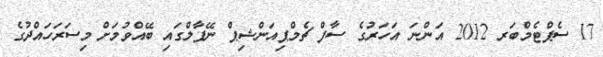
17 ސެޕްޓެމްބަރ 2012 އަންނަ އަހަރުގެ ސާފް ޗެމްޕިއަންޝިޕް ނޭޕާލްގައި ބޭއްވުމަށް މިސަރަހައްދުގެ